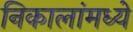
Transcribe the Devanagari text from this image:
निकालांमध्ये